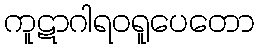
ကူဋာဂါရဝရူပေတော